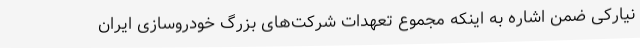
‌نیارکی ضمن اشاره به اینکه مجموع تعهدات شرکت‌های بزرگ خودروسازی ایران